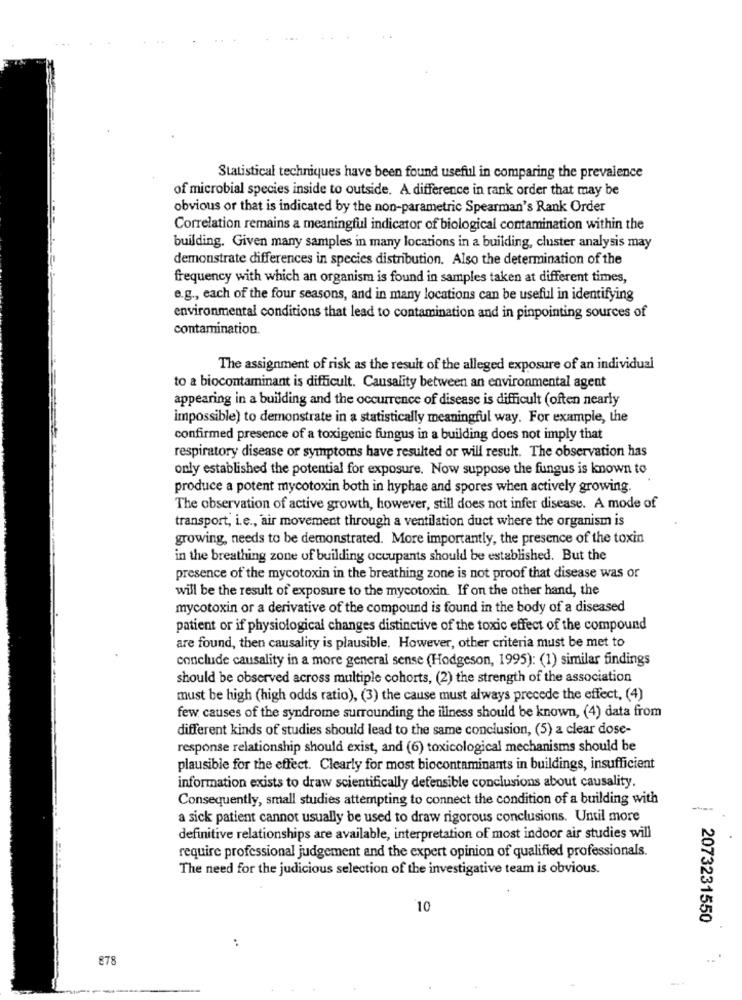
Statistical techniques have been found useful in comparing the prevalence
of microbial species inside to outside. A difference in rank order that may be
obvious or that is indicated by the non-parametric Spearman's Rank Order
Correlation remains a meaningful indicator of biological contamination within the
building. Given many samples in many locations in a building, cluster analysis may
demonstrate differences in species distribution. Also the determination of the
frequency with which an organism is found in samples taken at different times,
e.g ., each of the four seasons, and in many locations can be useful in identifying
environmental conditions that lead to contamination and in pinpointing sources of
contamination.
The assignment of risk as the result of the alleged exposure of an individual
to a biocontaminant is difficult. Causality between an environmental agent
appearing in a building and the occurrence of disease is difficult (often nearly
impossible) to demonstrate in a statistically meaningful way. For example, the
confirmed presence of a toxigenic fungus in a building does not imply that
respiratory disease or symptoms have resulted or will result. The observation has
only established the potential for exposure. Now suppose the fungus is known to
produce a potent mycotoxin both in hyphae and spores when actively growing.
The observation of active growth, however, still does not infer disease. A mode of
transport, i.e ., air movement through a ventilation duct where the organism is
growing, needs to be demonstrated. More importantly, the presence of the toxin
in the breathing zone of building occupants should be established. But the
presence of the mycotoxin in the breathing zone is not proof that disease was or
will be the result of exposure to the mycotoxin. If on the other hand, the
mycotoxin or a derivative of the compound is found in the body of a diseased
patient or if physiological changes distinctive of the toxic effect of the compound
are found, then causality is plausible. However, other criteria must be met to
conclude causality in a more general sense (Hodgeson, 1995): (1) similar findings
should be observed across multiple cohorts, (2) the strength of the association
must be high (high odds ratio), (3) the cause must always precede the effect, (4)
few causes of the syndrome surrounding the illness should be known, (4) data from
different kinds of studies should lead to the same conclusion, (5) a clear dose-
response relationship should exist, and (6) toxicological mechanisms should be
plausible for the effect. Clearly for most biocontaminants in buildings, insufficient
information exists to draw scientifically defensible conclusions about causality.
Consequently, small studies attempting to connect the condition of a building with
----
a sick patient cannot usually be used to draw rigorous conclusions. Until more
definitive relationships are available, interpretation of most indoor air studies will
require professional judgement and the expert opinion of qualified professionals.
The need for the judicious selection of the investigative team is obvious.
10
2073231550
:
878